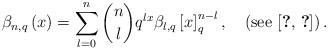
LaTeX: \begin{align*}\beta_{n,q}\left(x\right)=\sum_{l=0}^{n}\dbinom{n}{l}q^{lx}\beta_{l,q}\left[x\right]_{q}^{n-l},\quad\left(\mbox{see \cite{key-4,key-5}}\right).\end{align*}